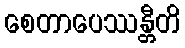
စေတာပေဿန္တီတိ